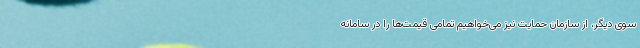
سوی دیگر، از سازمان حمایت نیز می‌خواهیم تمامی قیمت‌ها را در سامانه